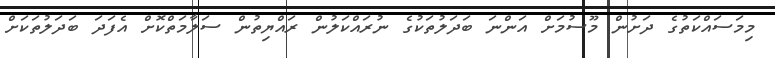
މިމަސައްކަތުގެ ދަށުން މޫސުމަށް އަންނަ ބަދަލުތަކުގެ ނުރައްކަލުން ރައްޔިތުން ސަލާމަތްކޮށް އެފަދަ ބަދަލުތަކަށް